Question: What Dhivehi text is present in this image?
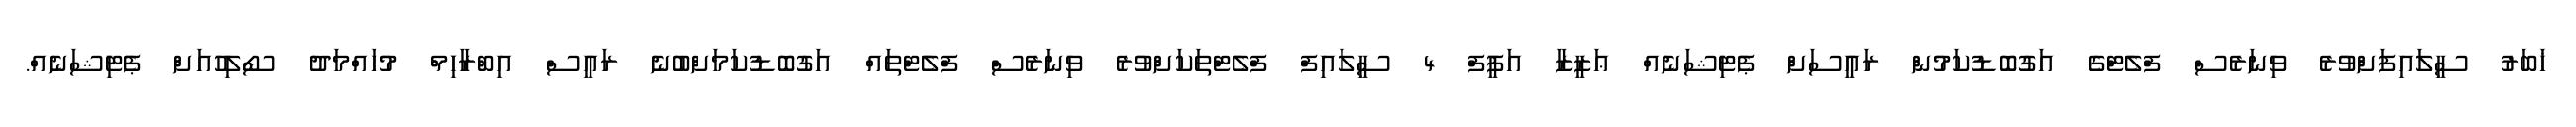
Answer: ޚަބަރު ސީލައިފަށްވުރެ ވިނަރެސް ފްލެޓްގެ އަގުބޮޑުކަމުން ރައީސަށް ޕެޓިޝަނެއް ޢަޒީޒާ އަފީފް 4 ސީލައިފް ފްލެޓްތަކަށްވުރެ ވިނަރެސް ފްލެޓްތައް އަގުބޮޑުކަމަށްބުނެ ރައީސް އިބްރާހިމް މުހައްމަދު ސޯލިހުއަށް ޕެޓިޝަނެއް.